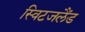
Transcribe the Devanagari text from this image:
स्विटजलैंड